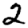
Digit: 2